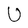
Character: U